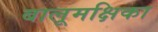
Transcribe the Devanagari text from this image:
बालूमक्षिका